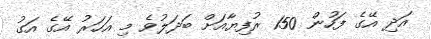
އަދި އޭގެ ފަހުން 150 ރުފިޔާއަށް ބަދަލުވެ މި އަހަރު އޭގެ އަގު